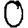
Digit: 0